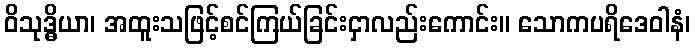
ဝိသုဒ္ဓိယာ၊ အထူးသဖြင့်စင်ကြယ်ခြင်းငှာလည်းကောင်း။ သောကပရိဒေဝါနံ၊